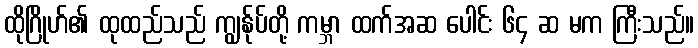
ထိုဂြိုဟ်၏ ထုထည်သည် ကျွန်ုပ်တို့ ကမ္ဘာ ထက်အဆ ပေါင်း ၆၄ ဆ မက ကြီးသည်။